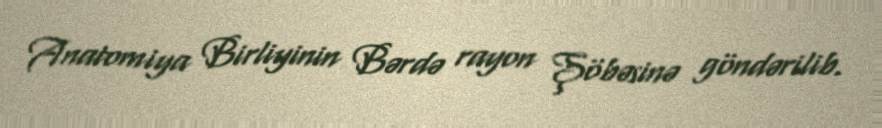
Anatomiya Birliyinin Bərdə rayon Şöbəsinə göndərilib.